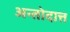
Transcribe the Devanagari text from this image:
अन्तोदात्त